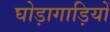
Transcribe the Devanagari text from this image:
घोड़ागाड़ियों